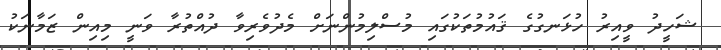
ޝަހީދު ވީއިރު ހުޅަނގުގެ ޤައުމުތަކުގައި މުސްލިމުންނަށް މެދުވެރިވާ ދުއްތުރާ ވަނީ މިއިން ޒަމާނަކު